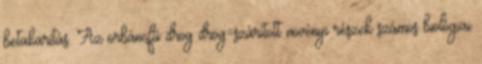
betakarítás. Az orbáncfű drog drog=szárított növényi részek számos biológiai